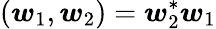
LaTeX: (\boldsymbol{w}_{1},\boldsymbol{w}_{2})=\boldsymbol{w}_{2}^{*}\boldsymbol{w}_{1}